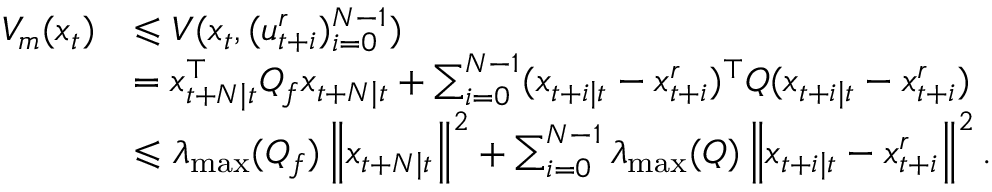
\begin{array} { r l } { V _ { m } ( x _ { t } ) } & { \leqslant V ( x _ { t } , ( u _ { t + i } ^ { r } ) _ { i = 0 } ^ { N - 1 } ) } \\ & { = x _ { t + N \mid t } ^ { \top } Q _ { f } x _ { t + N \mid t } + \sum _ { i = 0 } ^ { N - 1 } ( x _ { t + i \mid t } - x _ { t + i } ^ { r } ) ^ { \top } Q ( x _ { t + i \mid t } - x _ { t + i } ^ { r } ) } \\ & { \leqslant \lambda _ { \operatorname* { m a x } } ( Q _ { f } ) \left\| x _ { t + N \mid t } \right\| ^ { 2 } + \sum _ { i = 0 } ^ { N - 1 } \lambda _ { \operatorname* { m a x } } ( Q ) \left\| x _ { t + i \mid t } - x _ { t + i } ^ { r } \right\| ^ { 2 } . } \end{array}